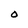
Character: 0